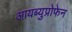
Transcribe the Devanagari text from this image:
आयब्युप्रोफेन